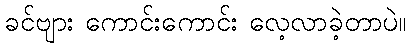
ခင်ဗျား ကောင်းကောင်း လေ့လာခဲ့တာပဲ။